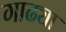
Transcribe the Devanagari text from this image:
गाढ्या